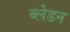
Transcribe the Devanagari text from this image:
ब्लेडन